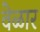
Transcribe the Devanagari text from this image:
वेळार